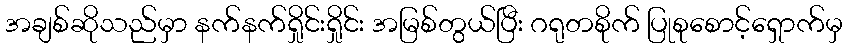
အချစ်ဆိုသည်မှာ နက်နက်ရှိုင်းရှိုင်း အမြစ်တွယ်ပြီး ဂရုတစိုက် ပြုစုစောင့်ရှောက်မှ